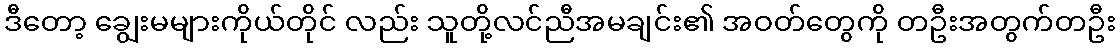
ဒီတော့ ချွေးမများကိုယ်တိုင် လည်း သူတို့လင်ညီအမချင်း၏ အဝတ်တွေကို တဦးအတွက်တဦး